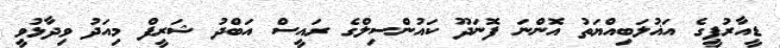
ޑީއާރުޕީގެ އަޣުލަބިއްޔަތު އޮންނަ ފޮނަދޫ ކައުންސިލްގެ ރައީސް އަބްދު ޝަރީފް މިއަދު ވިދާޅުވީ